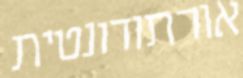
אורתודונטית